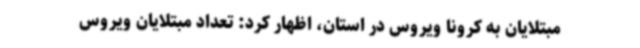
مبتلایان به کرونا ویروس در استان، اظهار کرد: تعداد مبتلایان ویروس